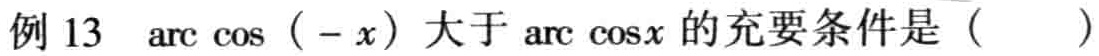
例 13 $\arccos(-x)$ 大于 $\arccos x$ 的充要条件是（  ）